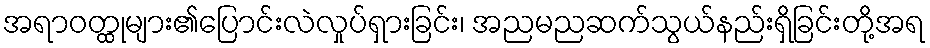
အရာဝတ္ထုများ၏ပြောင်းလဲလှုပ်ရှားခြင်း၊ အညမညဆက်သွယ်နည်းရှိခြင်းတို့အရ